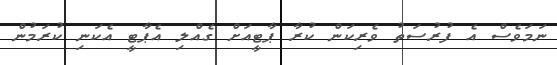
ނަމަވެސް އެ ފުރުސަތު ވެރިކަން ކުރާ ޕާޓީއަށް ގެއްލި އެޕާޓީ އެކަނި ކުރަމުން